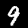
Label: 9